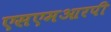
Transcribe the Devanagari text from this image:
एसएमआरपी